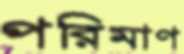
পরিমাণ